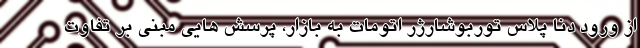
از ورود دنا پلاس توربوشارژر اتومات به بازار، پرسش هایی مبنی بر تفاوت